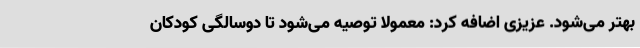
بهتر می‌شود. عزیزی اضافه کرد:‌ معمولاً توصیه می‌شود تا دوسالگی کودکان